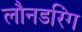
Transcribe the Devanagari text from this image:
लौनडरिंग